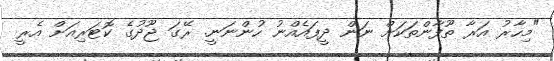
"މިހާރު އަރާ ތޫފާންތަކަށް ނަން ދީފައެއްނު ހުންނަނީ. ރޭގަ ޖޫދުގެ ކޮޓަރިއަށް އެރީ